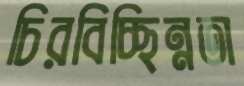
চিরবিচ্ছিন্নতা